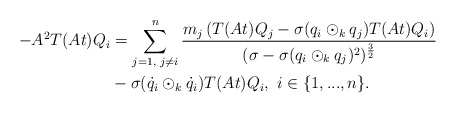
\begin{align*} -A^{2}T(At)Q_{i}&=\sum\limits_{j=1,\textrm{ }j\neq i}^{n}\frac{m_{j}\left(T(At)Q_{j}-\sigma(q_{i}\odot_{k} q_{j})T(At)Q_{i}\right)}{(\sigma-\sigma(q_{i}\odot_{k}q_{j})^{2})^{\frac{3}{2}}}\\ &-\sigma(\dot{q}_{i}\odot_{k}\dot{q}_{i})T(At)Q_{i},\textrm{ }i\in\{1,...,n\}. \end{align*}